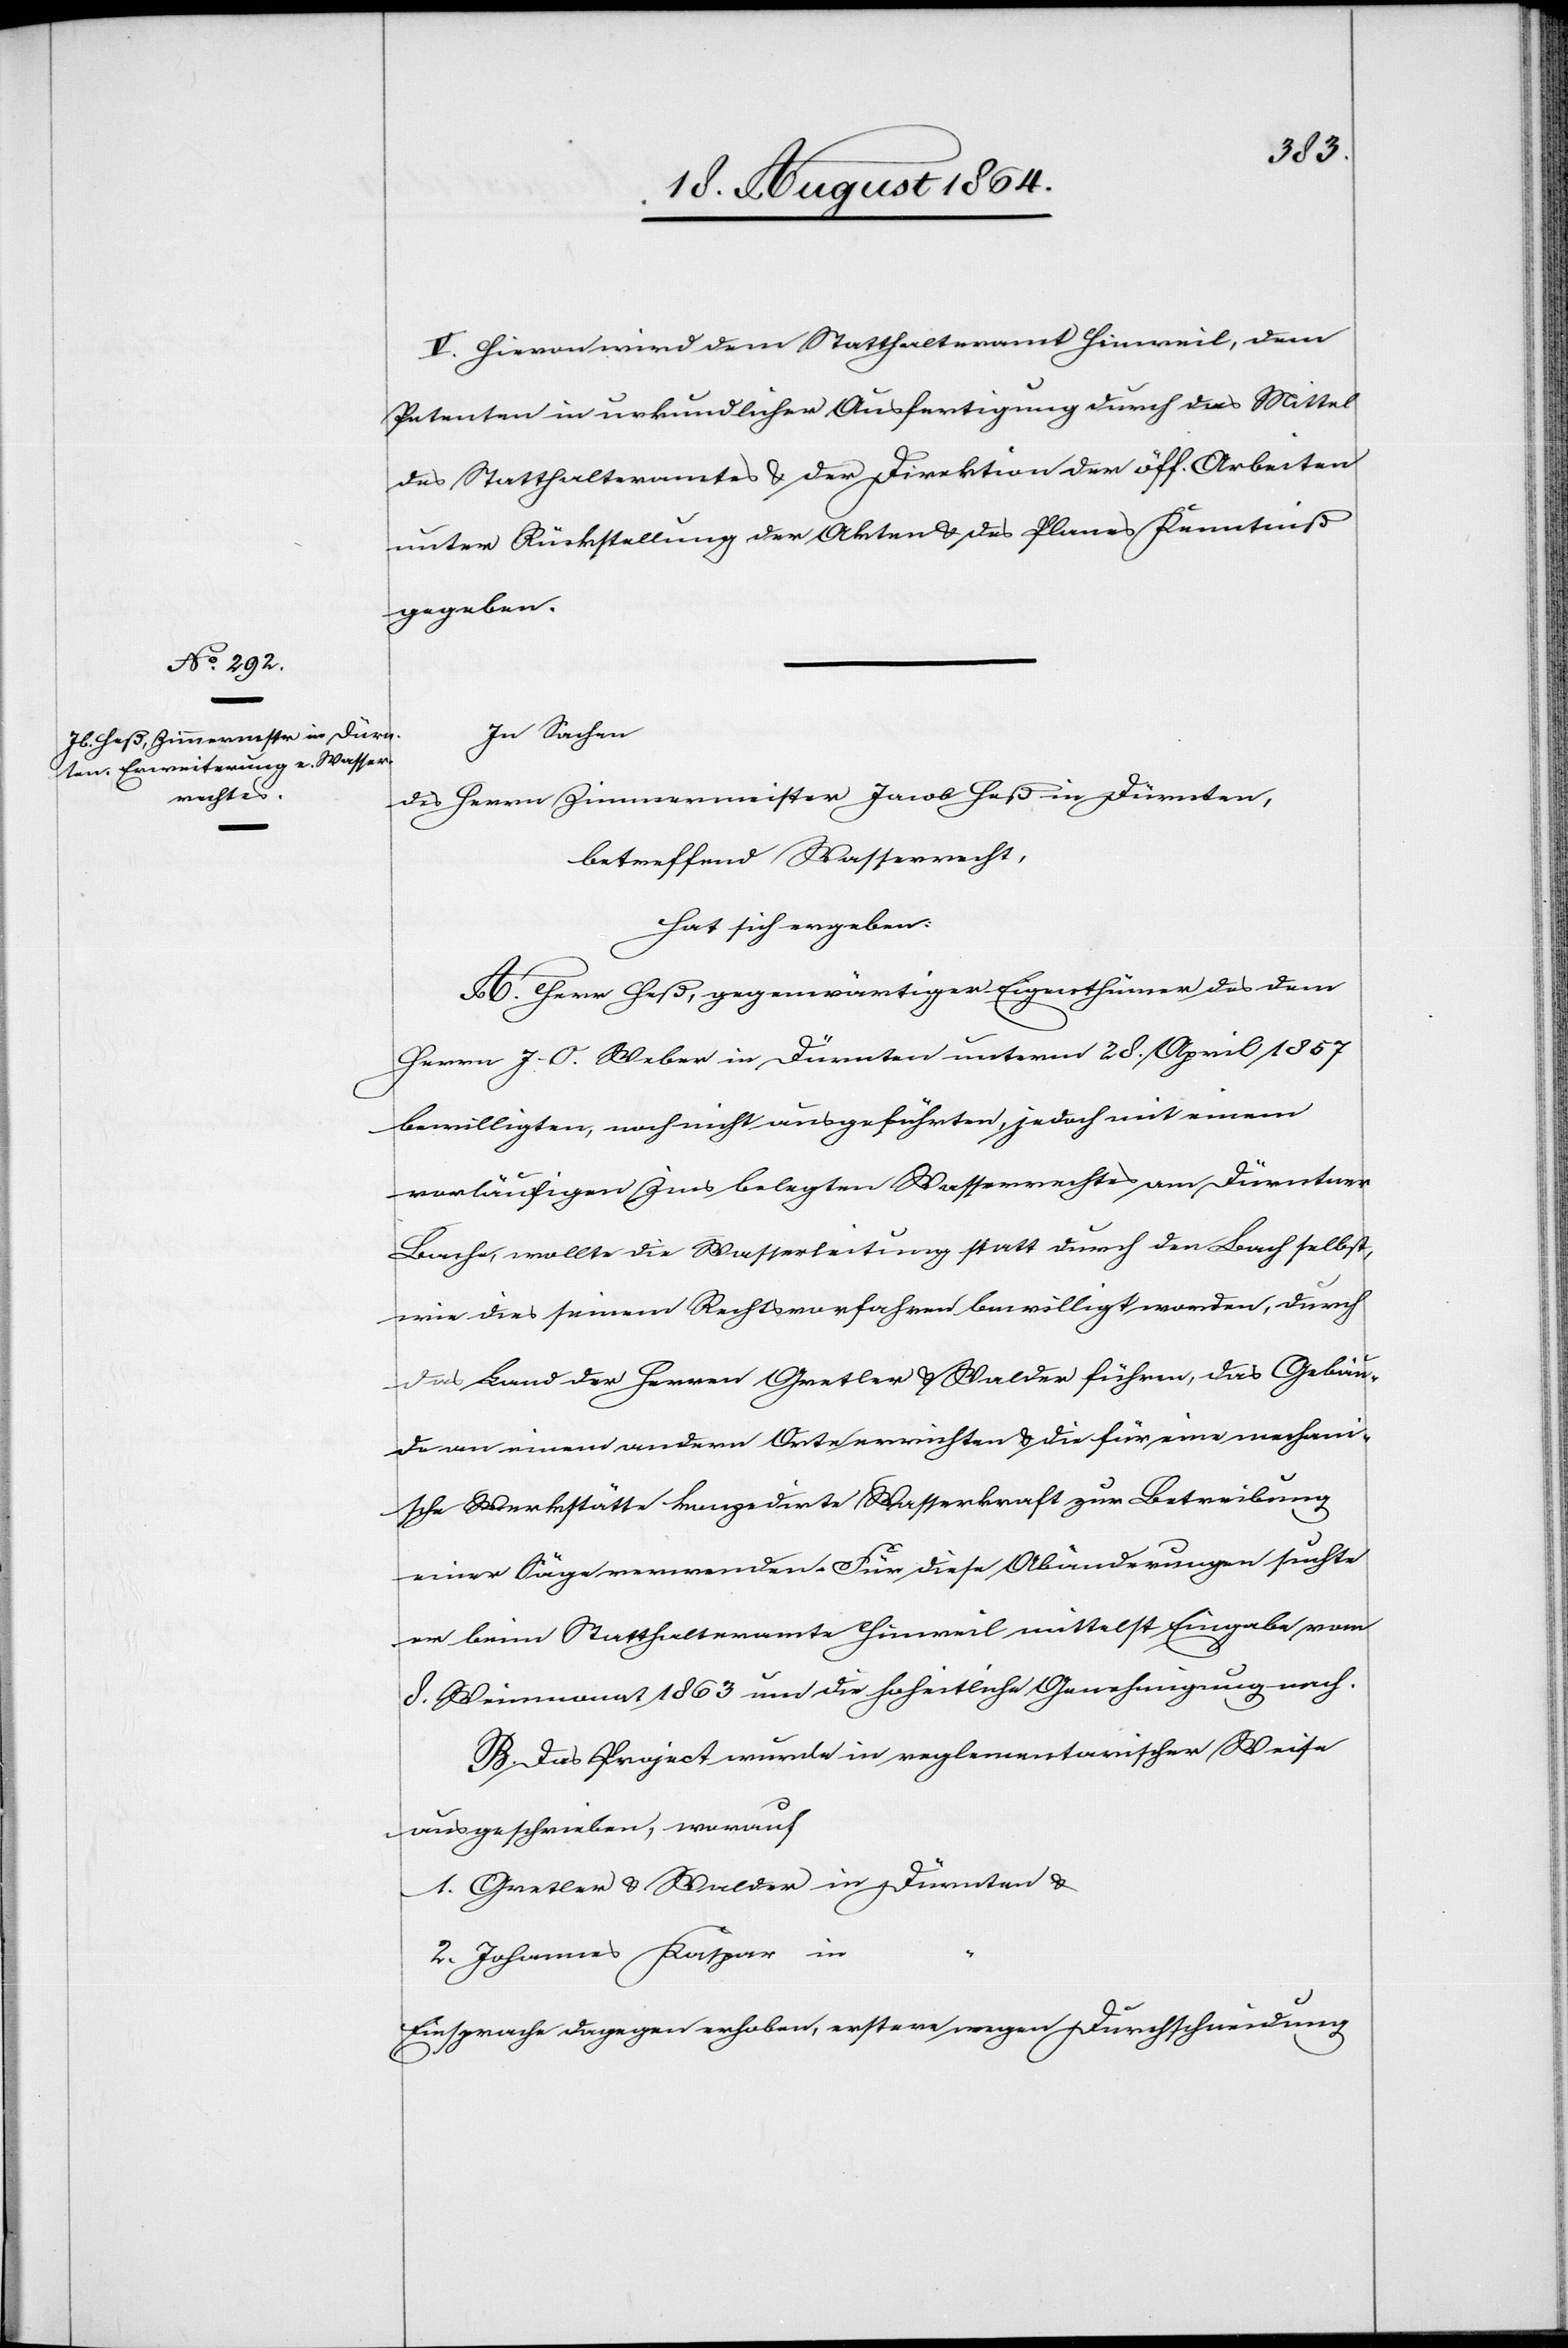
V. Hievon wird dem Statthalteramt Hinweil, dem
Petenten in urkundlicher Ausfertigung durch das Mittel
des Statthalteramtes & der Direktion der öff. Arbeiten
unter Rückstellung der Akten & des Planes Kenntniß
gegeben.
In Sachen
des Herrn Zimmermeister Jacob Heß in Dürnten,
betreffend Wasserrecht,
hat sich ergeben:
A. Herr Heß, gegenwärtiger Eigenthümer des dem
Herrn J. O. Weber in Dürnten unterm 28. April 1857
bewilligten, noch nicht ausgeführten, jedoch mit einem
vorläufigen Zins belegten Wasserrechtes am Dürntner
Bache, wollte die Wasserleitung statt durch den Bach selbst,
wie dies seinem Rechtsvorfahren bewilligt worden, durch
das Land des Herrn Grether & Walder führen, das Gebäu¬
de an einem andern Orte errichten & die für eine mechani¬
sche Werkstätte konzedirte Wasserkraft zur Betreibung
einer Säge verwenden. Für diese Abänderungen suchte
er beim Statthalteramte Hinweil mittelst Eingabe vom
8. Weinmonat 1863 um die hoheitliche Genehmigung nach.
B. Das Project wurde in reglementarischer Weise
ausgeschrieben, worauf
1. Gretler & Walder in Dürnten &
2. Johannes Kaspar in
Einsprache dagegen erhoben, erstere wegen Durchschneidung